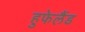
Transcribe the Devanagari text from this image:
हुफेलैंड